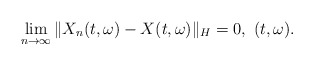
\begin{align*}\lim_{n\rightarrow\infty}\Vert X_n(t,\omega) - X(t,\omega)\Vert_H = 0 , \ (t,\omega).\end{align*}